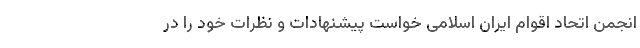
انجمن اتحاد اقوام ایران اسلامی خواست پیشنهادات و نظرات خود را در